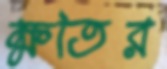
ক্ষতির